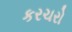
કરચરો